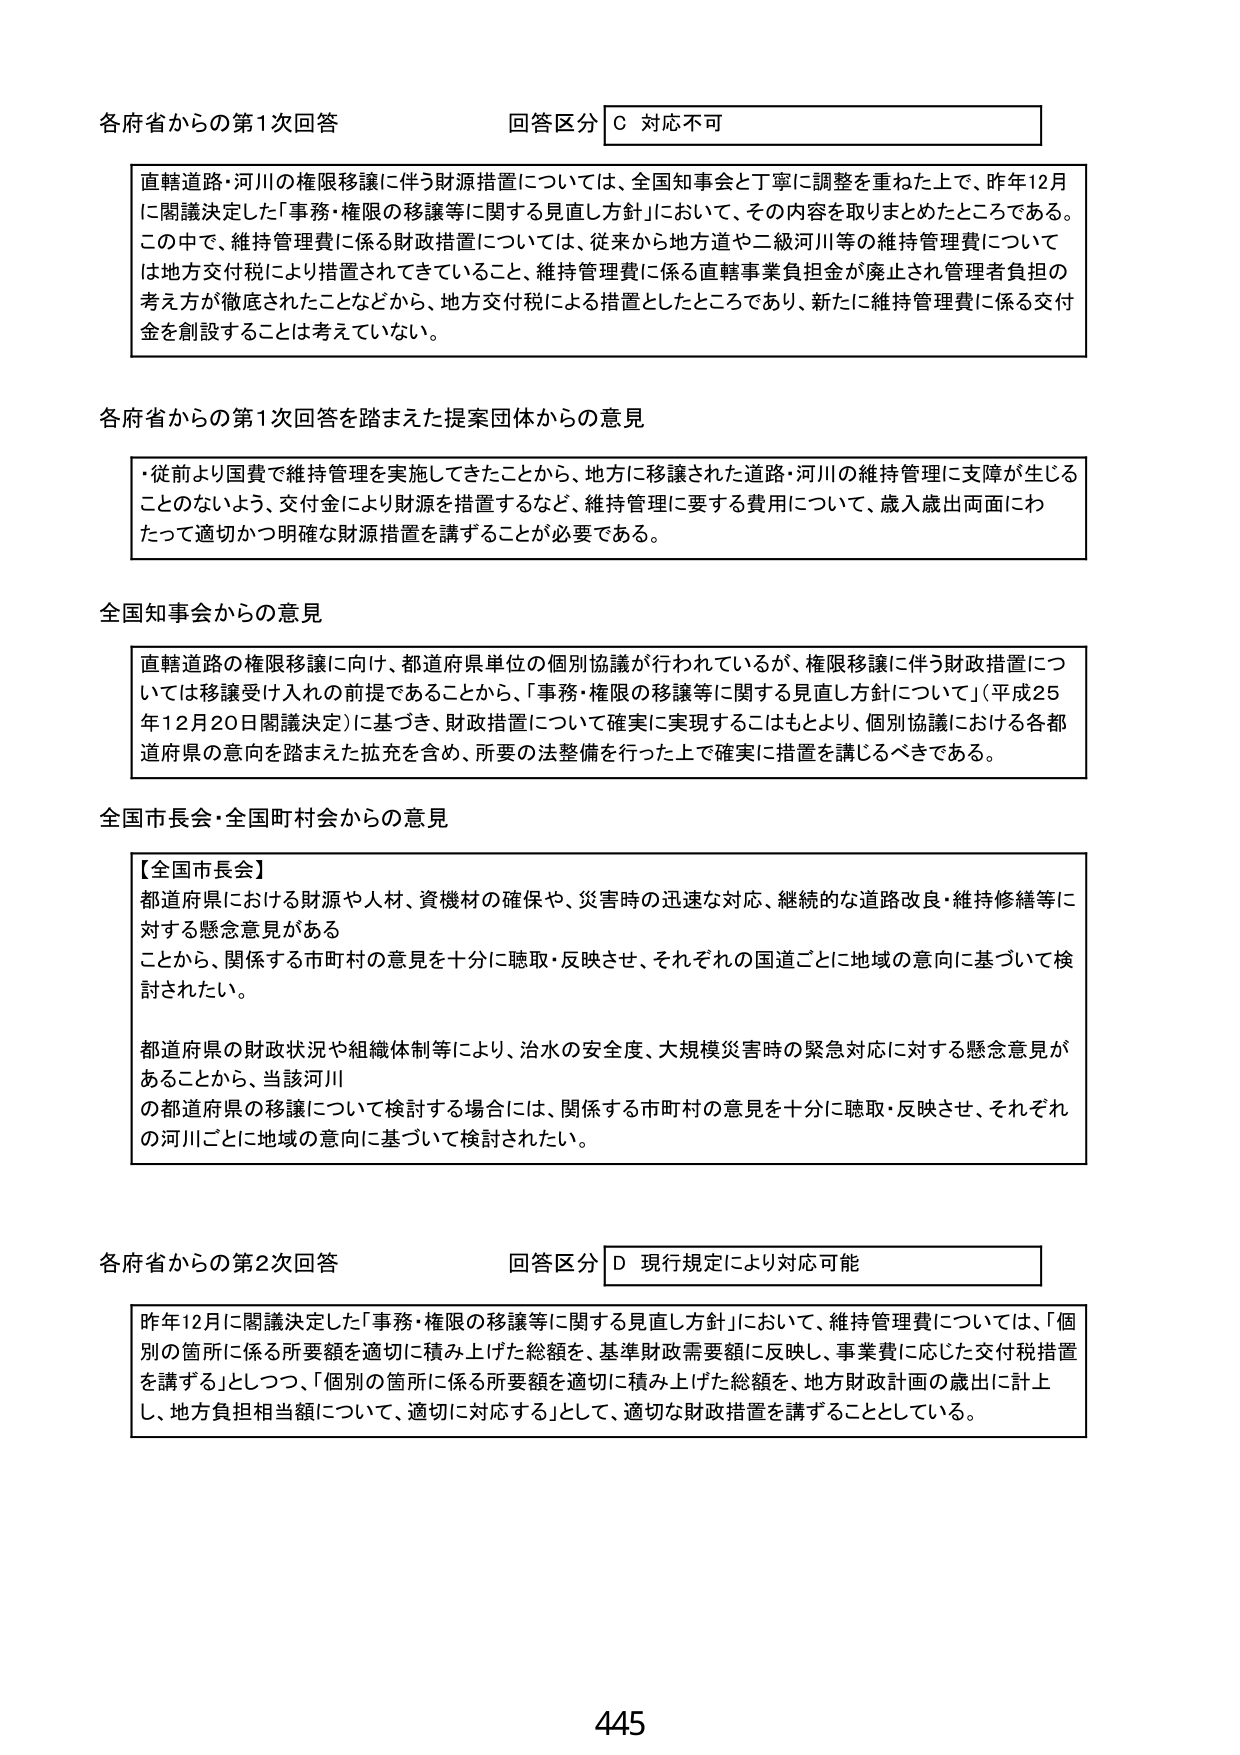
各府省からの第1次回答
回答区分 C 対応不可

直轄道路・河川の権限移譲に伴う財源措置については、全国知事会と丁寧に調整を重ねた上で、昨年12月に閣議決定した「事務・権限の移譲等に関する見直し方針」において、その内容を取りまとめたところである。この中で、維持管理費に係る財政措置については、従来から地方道や二級河川等の維持管理費については地方交付税により措置されてきていること、維持管理費に係る直轄事業負担金が廃止され管理者負担の考え方が徹底されたことなどから、地方交付税による措置としたところであり、新たに維持管理費に係る交付金を創設することは考えていない。

各府省からの第1次回答を踏まえた提案団体からの意見

・従前より国費で維持管理を実施してきたことから、地方に移譲された道路・河川の維持管理に支障が生じることのないよう、交付金により財源を措置するなど、維持管理に要する費用について、歳入歳出両面にわたって適切かつ明確な財源措置を講ずることが必要である。

全国知事会からの意見

直轄道路の権限移譲に向け、都道府県単位の個別協議が行われているが、権限移譲に伴う財政措置については移譲受け入れの前提であることから、「事務・権限の移譲等に関する見直し方針について」（平成25年12月20日閣議決定）に基づき、財政措置について確実に実現することもより、個別協議における各都道府県の意向を踏まえた拡充を含め、所要の法整備を行った上で確実に措置を講じるべきである。

全国市長会・全国町村会からの意見

【全国市長会】
都道府県における財源や人材、資機材の確保や、災害時の迅速な対応、継続的な道路改良・維持修繕等に対する懸念意見がある
ことから、関係する市町村の意見を十分に聴取・反映させ、それぞれの国道ごとに地域の意向に基づいて検討されたい。

都道府県の財政状況や組織体制等により、治水の安全度、大規模災害時の緊急対応に対する懸念意見があることから、当該河川
の都道府県の移譲について検討する場合には、関係する市町村の意見を十分に聴取・反映させ、それぞれの河川ごとに地域の意向に基づいて検討されたい。

各府省からの第2次回答
回答区分 D 現行規定により対応可能

昨年12月に閣議決定した「事務・権限の移譲等に関する見直し方針」において、維持管理費については、「個別の箇所に係る所要額を適切に積み上げた総額を、基準財政需要額に反映し、事業費に応じた交付税措置を講ずる」としつつ、「個別の箇所に係る所要額を適切に積み上げた総額を、地方財政計画の歳出に計上し、地方負担相当額について、適切に対応する」として、適切な財政措置を講ずることとしている。

445